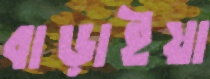
বাড়াইয়া